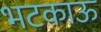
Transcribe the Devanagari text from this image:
भटकाऊ